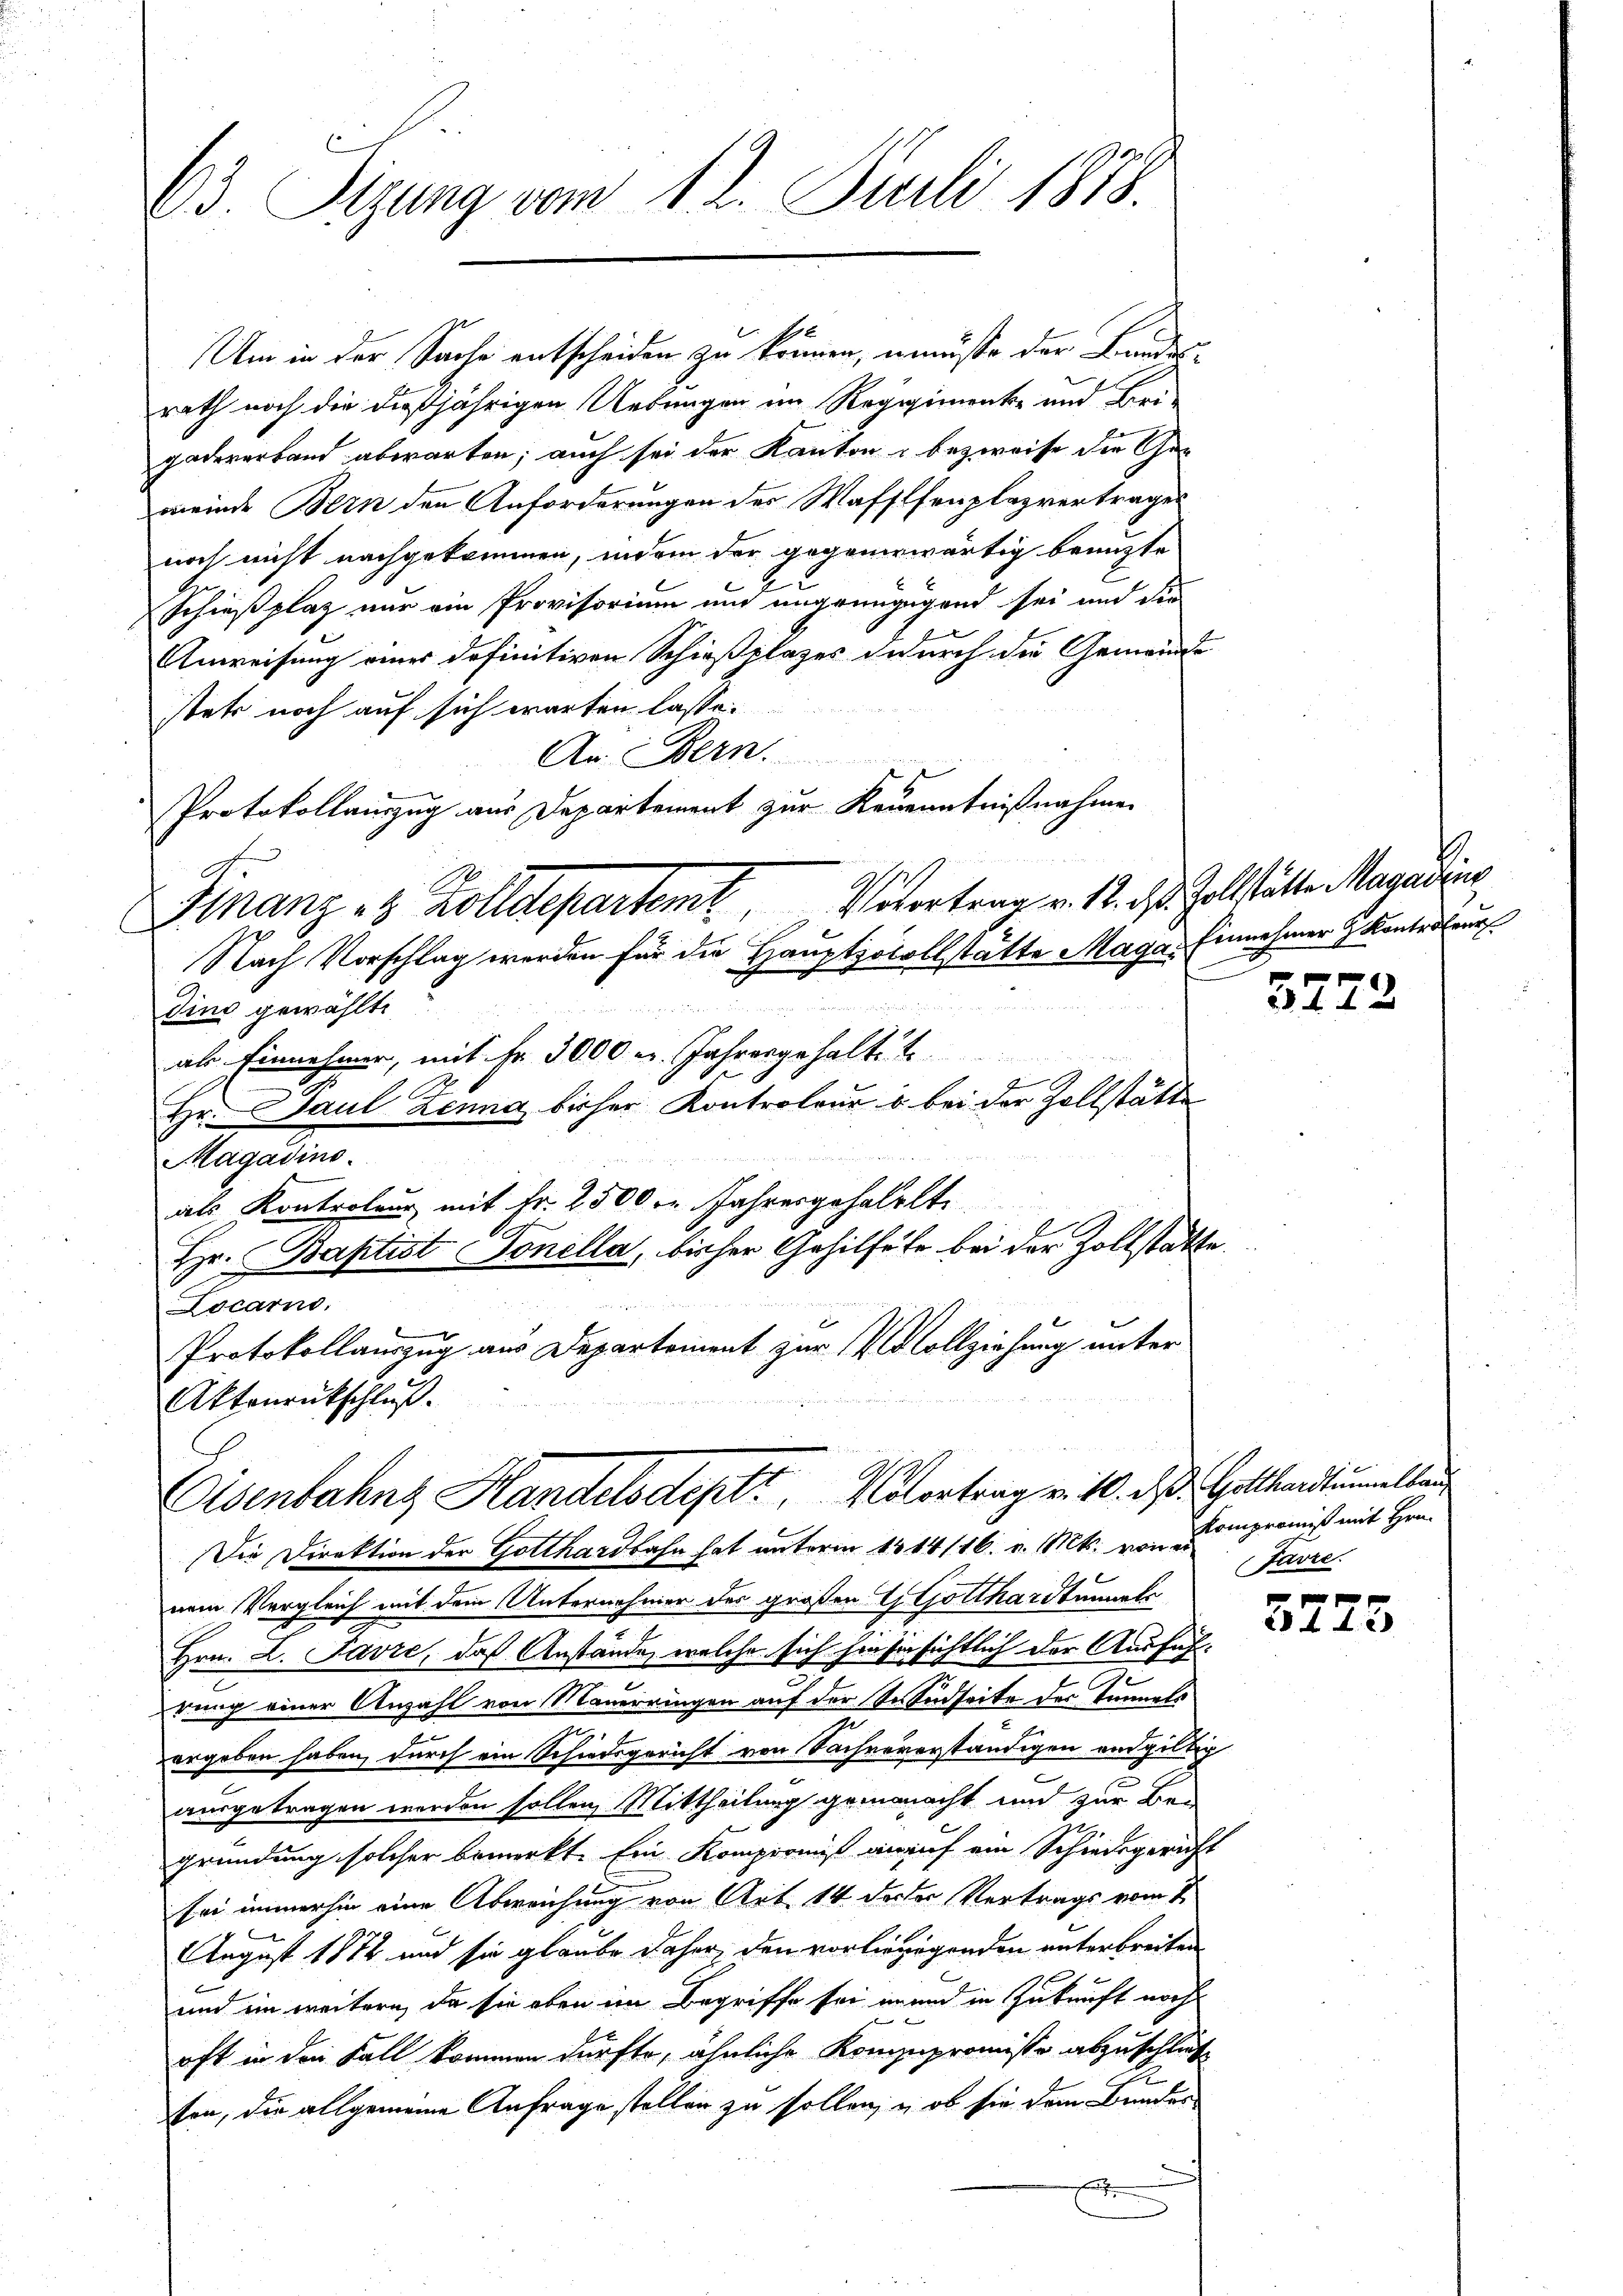
63. Tigung vom 12. Juli 1878.

Um in der Sache entscheiden zu können, müsse der Bundes-
rath noch die dießjährigen Uebungen im Regimente und Bei-
gadererband abwarten; auch sei der Kanton - bezweife die Gemeinde Bern den Anforderungen des Waffenplazvertrages
noch nicht nachgekommen, indem der gegenwärtig benuzte
Schießplaz nur ein Provisorium und ungringegend sei und die
Anweisung eines definitiven Schießplazes dadurch die Gemeinde
stets noch auf sich warten lasse.
An Bern.
Protokollauszug aus Departement zur Kenenntnißnahmen
dius gewählt.
1
Magadino.
Hr. Baptist Sonella, bisher Gehilfele bei der Zollstätte.
Locarno.
Protokollauszug aus Departement zur Vollziehung unter
Aktonrückschluß.
Eisenbahnt Handelsdeptt, Untertrag v. 10. d. Gotthardtuellen
Die Direktion der Gotthardbahn hat unterm 13 14116. v. Mts. von Kompromiß mit Hrn.
nem Vergleich mit dem Unternehmer des großen Th. Gotthardtunnels
Hrn. L. Favre, daß Anstände, welche sich hiesin sichtlich der Ausführung einer Anzahl von Mauerringen auf der Sr Südseite des Tunnels
ergeben haben, durch ein Schiedsgericht von Sachvererständigen endgültig
2
ausgetragen werden sollen, Mittheilung gemacht und zur Be-
gründung solcher bemerkt. Ein Komperniß darauf ein Schiedsgericht
sei immerhin eine Abweichung von Art. 14 dester Vertrags vom 1.
August 1872 und sie glaube daher, den vorlierigenden unterbreiten
und ein weitern, da sie oben im Begriffe sei in und in Zukunft noch
¬
oft in den Fall kommen dürfte, ähnliche Kompromisso abzuschließ
sen, die allgemeine Anfrage stellen zu sollen, u. ob sie dem Bundes¬

Finanz 28 Zolldepartemt. Viertrag v. 12. ds. Zollstätte Magadins
Nach Vorschlag werden für die Hauptzocollstätte Maga. Einnehmer z. Kontratur
als Einnehmer, mit Fr. 3000 u. Jahrengehaltet

als Kontroleur mit Fr. 25000 Jahresgehallte

Hr. Paul Zenna, bisher Kontroleur u. bei der Zollstätte

3772

Javre

0 f 0 x
28t d. 28